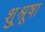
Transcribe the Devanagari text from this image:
शु्श्रूषा